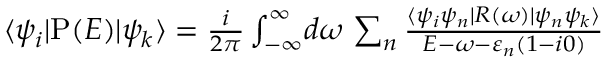
\begin{array} { r } { \langle \psi _ { i } | \mathrm { P } ( E ) | \psi _ { k } \rangle = \frac { i } { 2 \pi } \int _ { - \infty } ^ { \infty } \! d \omega \, \sum _ { n } \frac { \langle \psi _ { i } \psi _ { n } | R ( \omega ) | \psi _ { n } \psi _ { k } \rangle } { E - \omega - \varepsilon _ { n } ( 1 - i 0 ) } } \end{array}